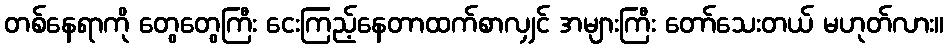
တစ်နေရာကို တွေတွေကြီး ငေးကြည့်နေတာထက်စာလျှင် အများကြီး တော်သေးတယ် မဟုတ်လား။